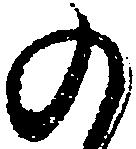
の